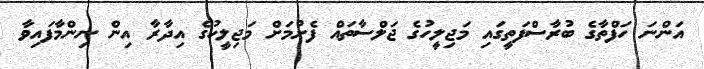
އަންނަ ހަފްތާގެ ބުރާސްފަތީގައި މަޖިލީހުގެ ޖަލްސާތައް ފެށުމަށް މަޖިލީހުގެ އިދާރާ އިން ނިންމާފައިވާ